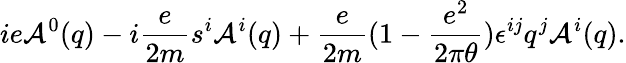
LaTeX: ie{\cal A}^{0}(q)-i\frac{e}{2m}{s^{i}}{\cal A}^{i}(q)+\frac{e}{2m}(1-\frac{e^{2}}{2\pi\theta})\epsilon^{ij}q^{j}{\cal A}^{i}(q).